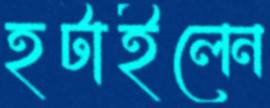
হটাইলেন